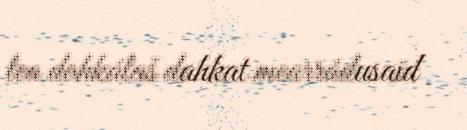
lea dohkálaš dahkat mearrádusaid